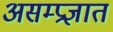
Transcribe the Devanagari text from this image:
असम्प्रज्ञात